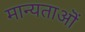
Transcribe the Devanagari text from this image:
मान्यताऒं